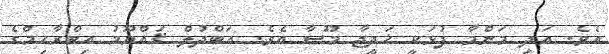
އެވެ. އަދި މަންމާ ފުޅަކީ ޚަދީޖާ މޫސާ އެވެ. އަބްދުލް ޤައްޔޫމު އިބްރާހިމްގެ